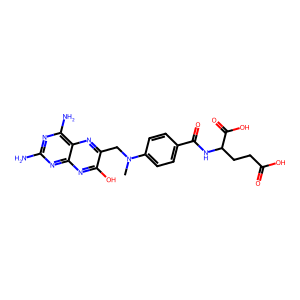
SMILES: CN(Cc1nc2c(N)nc(N)nc2nc1O)c1ccc(C(=O)NC(CCC(=O)O)C(=O)O)cc1
Inhibits HIV replication: No